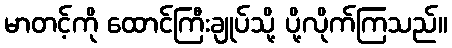
မာတင့်ကို ထောင်ကြီးချုပ်သို့ ပို့လိုက်ကြသည်။